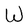
Character: W